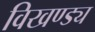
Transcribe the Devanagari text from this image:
विखण्ड्य